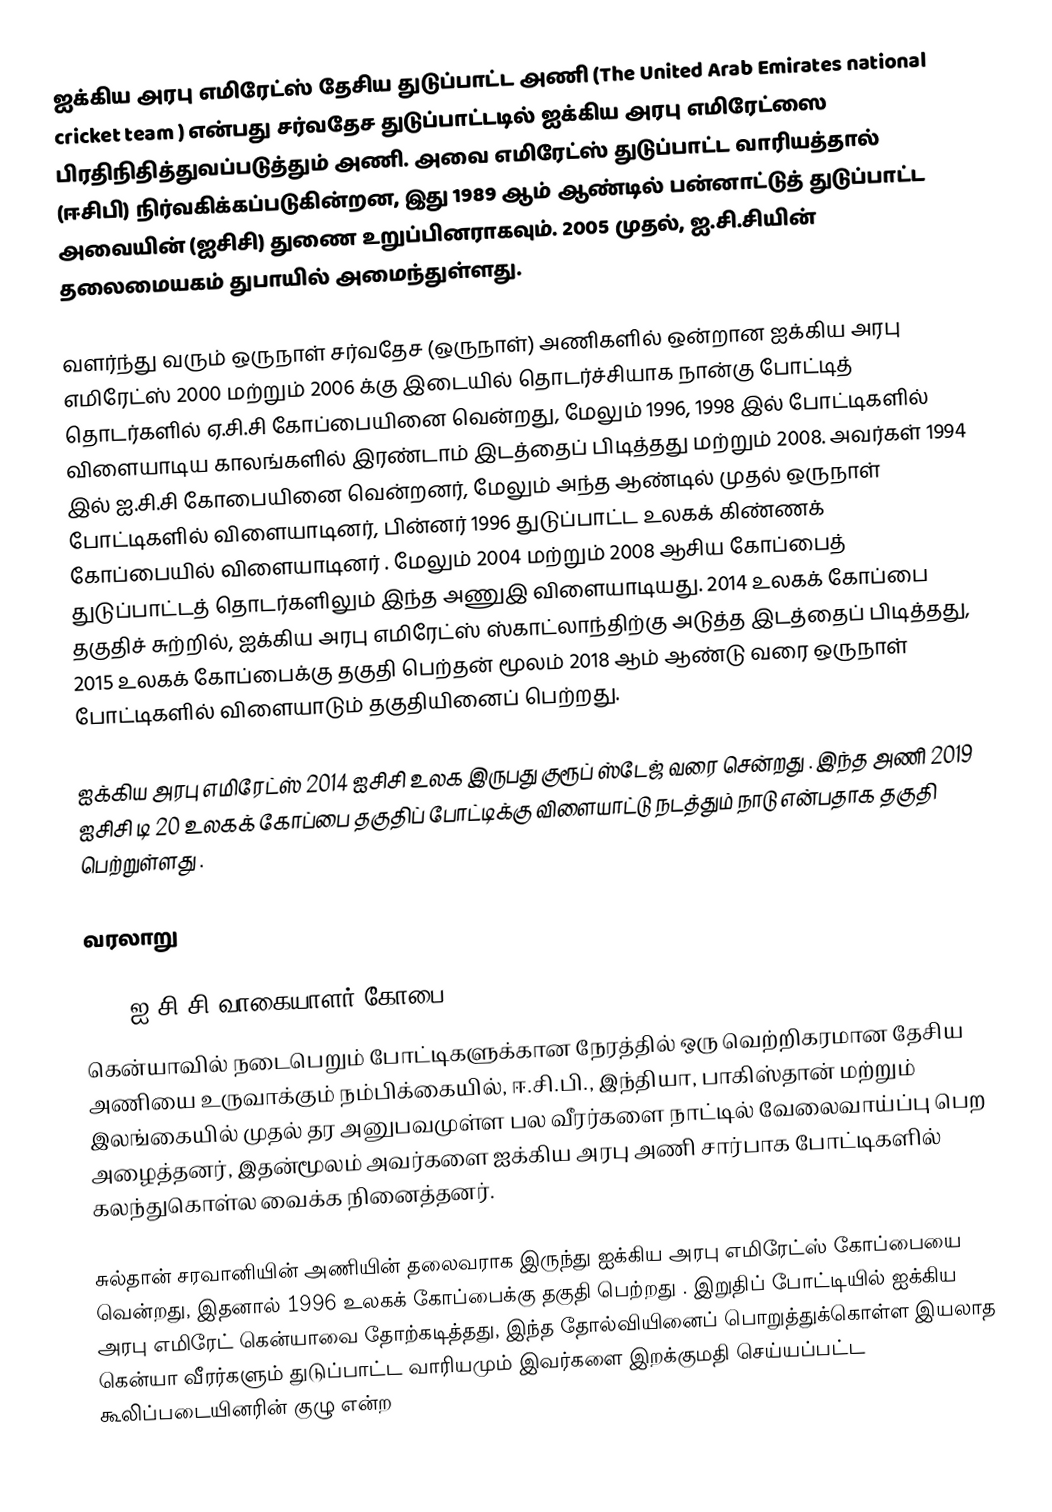
ஐக்கிய அரபு எமிரேட்ஸ் தேசிய துடுப்பாட்ட அணி (The United Arab Emirates national cricket team     ) என்பது சர்வதேச துடுப்பாட்டடில் ஐக்கிய அரபு எமிரேட்ஸை பிரதிநிதித்துவப்படுத்தும் அணி. அவை எமிரேட்ஸ் துடுப்பாட்ட வாரியத்தால் (ஈசிபி) நிர்வகிக்கப்படுகின்றன, இது 1989 ஆம் ஆண்டில் பன்னாட்டுத் துடுப்பாட்ட அவையின் (ஐசிசி) துணை உறுப்பினராகவும். 2005 முதல், ஐ.சி.சியின் தலைமையகம் துபாயில் அமைந்துள்ளது.

வளர்ந்து வரும் ஒருநாள் சர்வதேச (ஒருநாள்) அணிகளில் ஒன்றான  ஐக்கிய அரபு எமிரேட்ஸ் 2000 மற்றும் 2006 க்கு இடையில் தொடர்ச்சியாக நான்கு போட்டித் தொடர்களில் ஏ.சி.சி கோப்பையினை வென்றது, மேலும் 1996, 1998 இல் போட்டிகளில் விளையாடிய  காலங்களில் இரண்டாம் இடத்தைப் பிடித்தது  மற்றும் 2008. அவர்கள் 1994 இல் ஐ.சி.சி கோபையினை வென்றனர், மேலும் அந்த ஆண்டில் முதல் ஒருநாள் போட்டிகளில் விளையாடினர், பின்னர் 1996 துடுப்பாட்ட உலகக் கிண்ணக் கோப்பையில் விளையாடினர் . மேலும்  2004 மற்றும் 2008 ஆசிய கோப்பைத் துடுப்பாட்டத் தொடர்களிலும் இந்த அணுஇ விளையாடியது. 2014 உலகக் கோப்பை தகுதிச் சுற்றில், ஐக்கிய அரபு எமிரேட்ஸ் ஸ்காட்லாந்திற்கு அடுத்த  இடத்தைப் பிடித்தது, 2015 உலகக் கோப்பைக்கு தகுதி பெற்தன் மூலம்  2018 ஆம் ஆண்டு வரை ஒருநாள் போட்டிகளில் விளையாடும் தகுதியினைப் பெற்றது.

ஐக்கிய அரபு எமிரேட்ஸ் 2014 ஐசிசி உலக இருபது குரூப் ஸ்டேஜ் வரை சென்றது . இந்த அணி 2019 ஐசிசி டி 20 உலகக் கோப்பை தகுதிப் போட்டிக்கு விளையாட்டு நடத்தும் நாடு என்பதாக தகுதி பெற்றுள்ளது .

வரலாறு

1994 ஐ.சி.சி வாகையாளர் கோபை
கென்யாவில் நடைபெறும் போட்டிகளுக்கான நேரத்தில் ஒரு வெற்றிகரமான தேசிய அணியை உருவாக்கும் நம்பிக்கையில், ஈ.சி.பி., இந்தியா, பாகிஸ்தான் மற்றும் இலங்கையில் முதல் தர அனுபவமுள்ள பல வீரர்களை நாட்டில் வேலைவாய்ப்பு பெற அழைத்தனர், இதன்மூலம் அவர்களை ஐக்கிய அரபு அணி சார்பாக போட்டிகளில் கலந்துகொள்ல வைக்க நினைத்தனர்.

சுல்தான் சரவானியின் அணியின் தலைவராக இருந்து    ஐக்கிய அரபு எமிரேட்ஸ் கோப்பையை வென்றது, இதனால் 1996 உலகக் கோப்பைக்கு தகுதி பெற்றது . இறுதிப் போட்டியில் ஐக்கிய அரபு எமிரேட் கென்யாவை தோற்கடித்தது, இந்த தோல்வியினைப் பொறுத்துக்கொள்ள இயலாத கென்யா வீரர்களும் துடுப்பாட்ட வாரியமும் இவர்களை இறக்குமதி செய்யப்பட்ட கூலிப்படையினரின் குழு என்ற